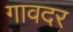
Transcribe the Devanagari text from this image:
गावदर